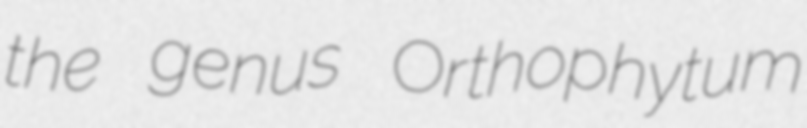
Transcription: the genus Orthophytum